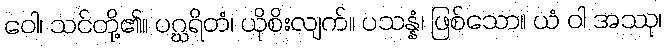
ဝေါ၊ သင်တို့၏။ ပဂ္ဃရိတံ၊ ယိုစိးလျက်။ ပသန္နံ၊ ဖြစ်သော။ ယံ ဝါ အဿု၊